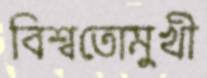
বিশ্বতোমুখী